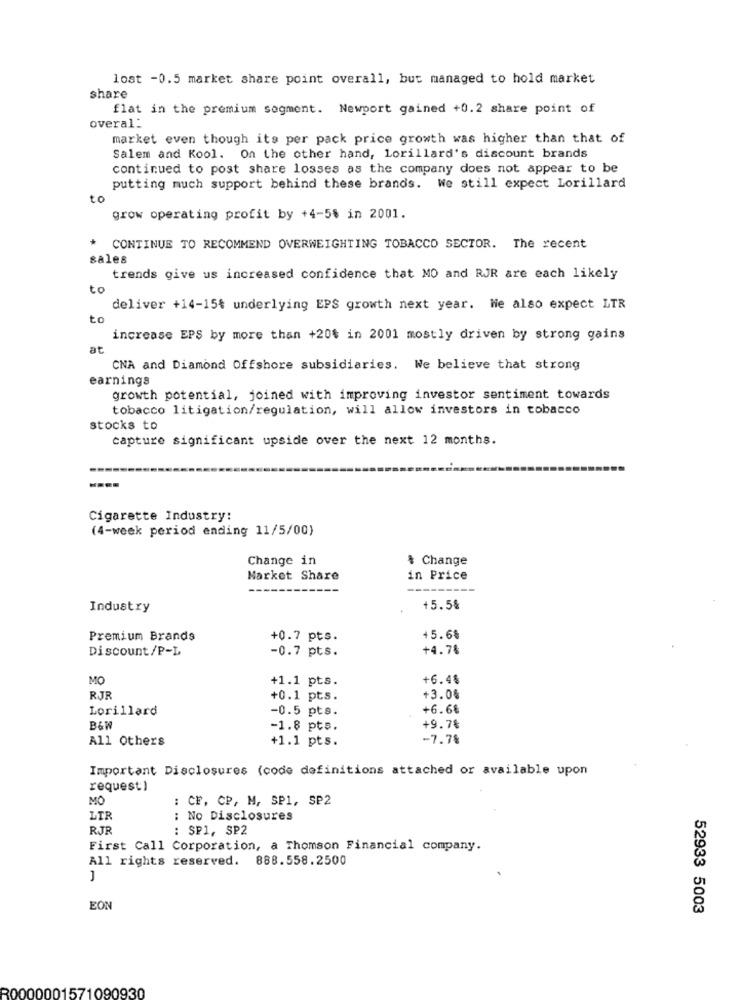
lost -0.5 market share point overall, but managed to hold market
share
flat in the premium segment. Newport gained +0.2 share point of
overal_
market even though its per pack price growth was higher than that of
Salem and Kool. On the other hand, Lorillard's discount brands
continued to post share losses as the company does not appear to be
putting much support behind these brands. We still expect Lorillard
grow operating profit by +4-5% in 2001.
CONTINUE TO RECOMMEND OVERWEIGHTING TOBACCO SECTOR. The recent
sales
trends give us increased confidence that MO and RJR are each likely
to
deliver +14-15% underlying EPS growth next year. Nie also expect LTR
to
increase EPS by more than +20% in 2001 mostly driven by strong gains
at
CNA and Diamond Offshore subsidiaries. We believe that strong
earnings
growth potential, joined with improving investor sentiment towards
tobacco litigation/regulation, will allow investors in tobacco
stocks to
capture significant upside over the next 12 months.
Cigarette Industry:
(4-week period ending 11/5/00)
Change in
$ Change
Market Share
in Price
Industry
+5.58
Premium Brands
+0.7 pts.
+5.68
Discount/P-L
-0.7 pts.
+4.78
MO
+1.1 pts.
+6.48
RJR
+0.1 pts.
+3.0%
Lorillard
-0.5 pts.
+6.68
B&W
-1.8 pts.
+9.78
All Others
+1.1 pts.
-7.78
Important Disclosures (code definitions attached or available upon
request)
MO
: CF, CP, M, SP1, SP2
LIR
: No Disclosures
RJR
: SP1, SP2
First Call Corporation, a Thomson Financial company.
All rights reserved. 888.558.2500
EON
52933 5003
R0000001571090930